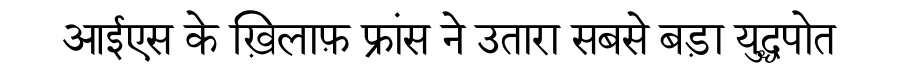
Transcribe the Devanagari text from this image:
आईएस के ख़िलाफ़ फ्रांस ने उतारा सबसे बड़ा युद्धपोत